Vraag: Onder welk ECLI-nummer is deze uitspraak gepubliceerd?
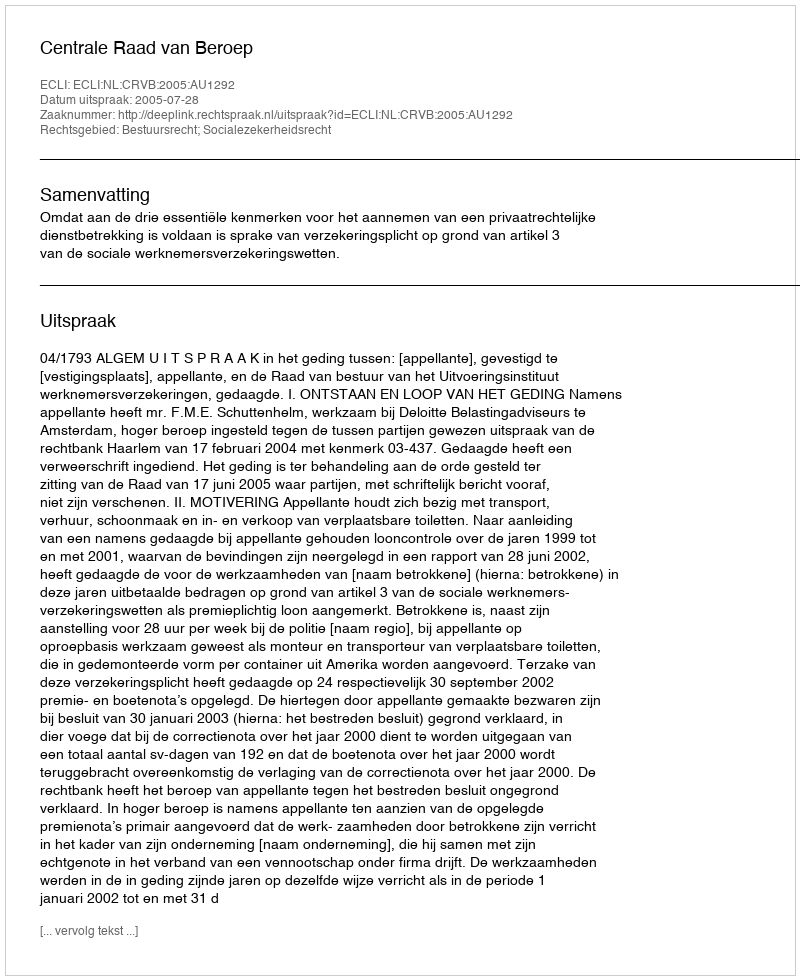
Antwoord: ECLI:NL:CRVB:2005:AU1292